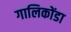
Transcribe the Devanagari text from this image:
गालिकोंडा